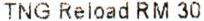
TNG RELOAD RM 30